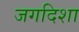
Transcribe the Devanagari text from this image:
जगदिशा